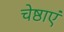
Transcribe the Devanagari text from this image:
चेष्ठाएं